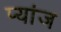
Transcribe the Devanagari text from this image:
प्यांज